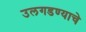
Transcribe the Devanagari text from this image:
उलगडण्याचे